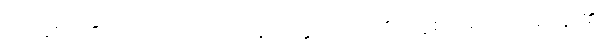
ရဟန်းတို့၏လည်းကောင်း။ အနာပတ္တိ (ဟောတိ)၊ သူစိဃရတာ၊ အပ်ဗူး၏